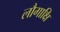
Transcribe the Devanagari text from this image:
लौगाक्षि